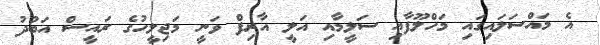
އެ މައްސަލައިގައި މަހްލޫފާއި ސަލީމާއި އަލީ އާރިފް ވަނީ މަޖިލީހުގެ ރައީސް އަބުދު